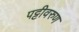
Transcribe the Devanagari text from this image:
पट्टीवरुण